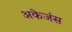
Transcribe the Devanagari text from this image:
अकेजंस